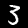
Label: 3